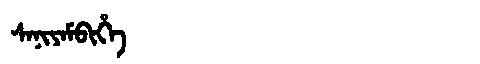
Manchu: ᠰᠠᠨᡳᠶᠠᠮᠪᡳᡥᡝ
Romanization: SANIYAMBIHE